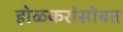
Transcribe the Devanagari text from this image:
होळकरांसोबत